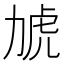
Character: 𮰎